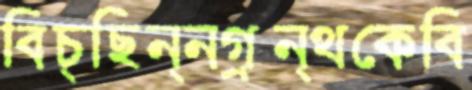
বিচ্ছিন্নগ্রন্থকেবি